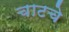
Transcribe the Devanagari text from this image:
चाटचे